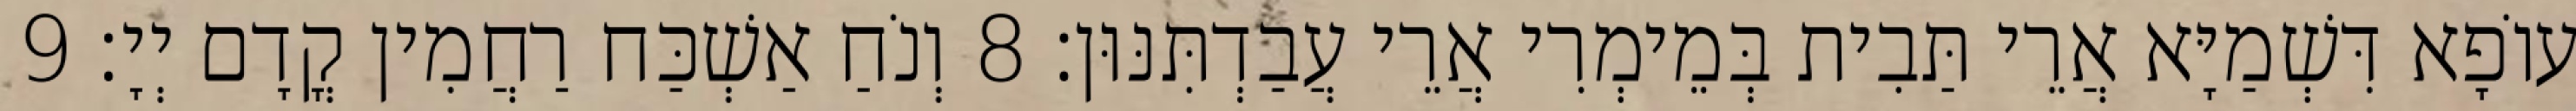
עוֹפָא דִּשְׁמַיָּא אֲרֵי תַּבִית בְּמֵימְרִי אֲרֵי עֲבַדְתִּנּוּן׃ 8 וְנֹחַ אַשְׁכַּח רַחֲמִין קֳדָם יְיָ׃ 9